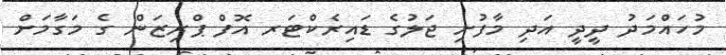
މުހައްމަދު ދީދީ އަދި މާފުށި ޖަލުގެ ޑައިރެކްޓަރ އޮފް ޕްރިޒަން ގެ މަގާމަށް